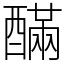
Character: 䤍